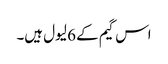
اس گیم کے 6 لیول ہیں۔